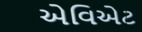
એવિએટ